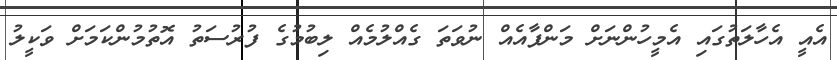
އެއީ އެހާލަތުގައި އެމީހުންނަށް މަންފާއެއް ނުވަތަ ގެއްލުމެއް ލިބުމުގެ ފުރުސަތު އޮތުމުންކަމަށް ވަކީލު